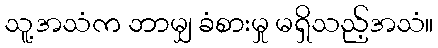
သူ့အသံက ဘာမျှ ခံစားမှု မရှိသည့်အသံ။